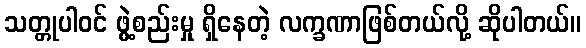
သတ္တုပါဝင် ဖွဲ့စည်းမှု ရှိနေတဲ့ လက္ခဏာဖြစ်တယ်လို့ ဆိုပါတယ်။